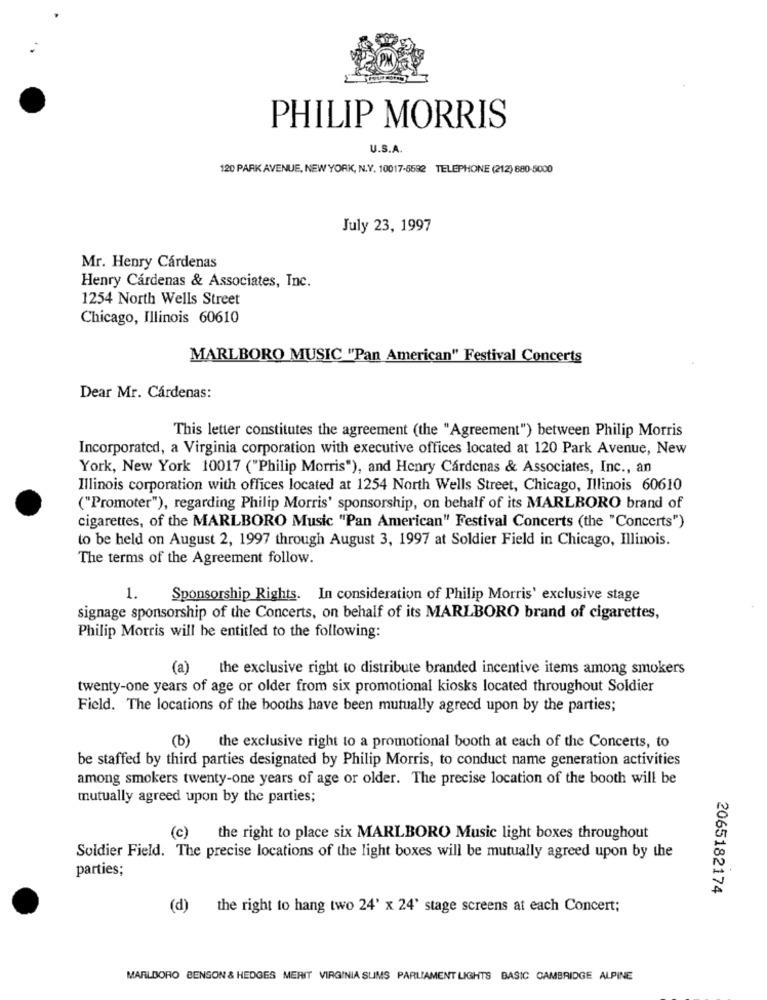
PHILIP MORRIS
U.S.A.
120 PARK AVENUE, NEW YORK, N.Y. 10017-6592 TELEPHONE (212) 880-5000
July 23, 1997
Mr. Henry Cárdenas
Henry Cárdenas & Associates, Inc.
1254 North Wells Street
Chicago, Illinois 60610
MARLBORO MUSIC "Pan American" Festival Concerts
Dear Mr. Cárdenas:
This letter constitutes the agreement (the "Agreement") between Philip Morris
Incorporated, a Virginia corporation with executive offices located at 120 Park Avenue, New
York, New York 10017 ("Philip Morris"), and Henry Cárdenas & Associates, Inc ., an
Illinois corporation with offices located at 1254 North Wells Street, Chicago, Illinois 60610
("Promoter"), regarding Philip Morris' sponsorship, on behalf of its MARLBORO brand of
cigarettes, of the MARLBORO Music "Pan American" Festival Concerts (the "Concerts")
to be held on August 2, 1997 through August 3, 1997 at Soldier Field in Chicago, Illinois.
The terms of the Agreement follow.
1.
Sponsorship Rights. In consideration of Philip Morris' exclusive stage
signage sponsorship of the Concerts, on behalf of its MARLBORO brand of cigarettes,
Philip Morris will be entitled to the following:
(a)
the exclusive right to distribute branded incentive items among smokers
twenty-one years of age or older from six promotional kiosks located throughout Soldier
Field. The locations of the booths have been mutually agreed upon by the parties;
(b)
the exclusive right to a promotional booth at each of the Concerts, to
be staffed by third parties designated by Philip Morris, to conduct name generation activities
among smokers twenty-one years of age or older. The precise location of the booth will be
mutually agreed upon by the parties;
(c)
the right to place six MARLBORO Music light boxes throughout
Soldier Field. The precise locations of the light boxes will be mutually agreed upon by the
parties;
2065182174
(d)
the right to hang two 24' x 24' stage screens at each Concert;
MARLBORO BENSON & HEDGES MERIT VIRGINIA SUMS PARLIAMENT LIGHTS BASIC CAMBRIDGE ALPINE